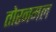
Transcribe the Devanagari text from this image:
तोरनमल